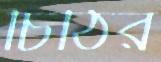
চিঠির